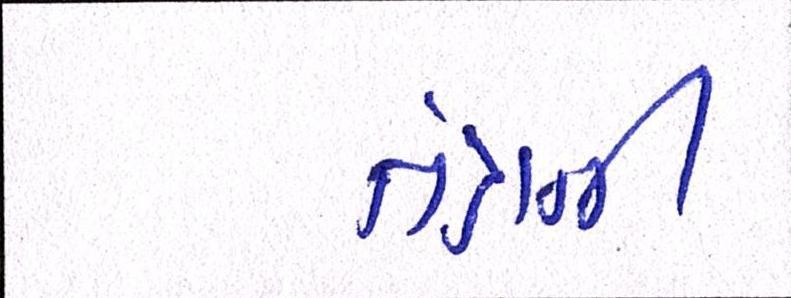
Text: તંત્રની